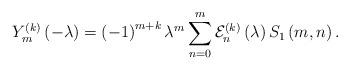
LaTeX: \begin{align*}Y_{m}^{\left( k\right) }\left( -\lambda \right) =\left( -1\right)^{m+k}\lambda ^{m}\sum_{n=0}^{m}\mathcal{E}_{n}^{\left( k\right) }\left(\lambda \right) S_{1}\left( m,n\right) . \end{align*}